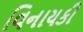
વિનાયકી